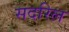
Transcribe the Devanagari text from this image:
सदरिल